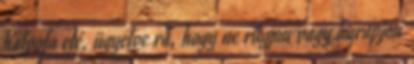
halpofa elé, ügyelve rá, hogy ne rúgjon vagy harapjon